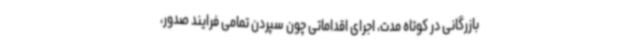
بازرگانی در کوتاه مدت، اجرای اقداماتی چون سپردن تمامی فرایند صدور،